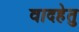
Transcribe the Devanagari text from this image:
वादहेतु